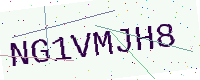
Text: NG1VMJH8